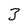
Character: 3